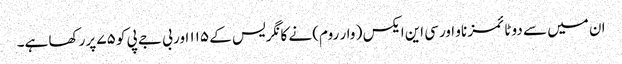
ان میں سے دو ٹائمز ناو اورسی این ایکس ( وار روم) نے کانگریس کے ۱۱۵ اور بی جے پی کو ۷۵ پرر کھا ہے۔